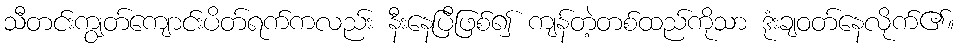
သီတင်းကျွတ်ကျောင်းပိတ်ရက်ကလည်း နီးနေပြီဖြစ်၍ ကျန်တဲ့တစ်ထည်ကိုသာ ဒုံးချဝတ်နေလိုက်၏။